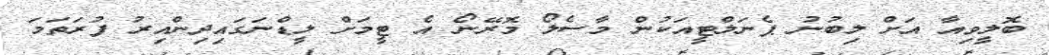
ބޮލީވިއާ އަށް ލިބުނު ޕެނަލްޓީއަކުން މާސެލޯ މޮރޭނޯ އެ ޓީމަށް ލީޑްނަގައިދިންއިރު ފުރަތަމަ